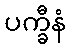
ပက္ခီနံ